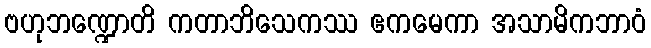
ဗဟုဘဏ္ဍောတိ ကတာဘိသေကဿ ဧကမေကာ အသာမိကဘာဝံ